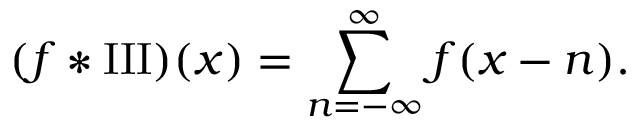
( f * \operatorname { I I I } ) ( x ) = \sum _ { n = - \infty } ^ { \infty } f ( x - n ) .